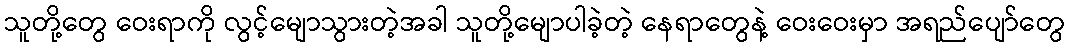
သူတို့တွေ ဝေးရာကို လွင့်မျောသွားတဲ့အခါ သူတို့မျောပါခဲ့တဲ့ နေရာတွေနဲ့ ဝေးဝေးမှာ အရည်ပျော်တွေ